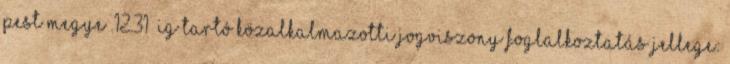
Pest megye .12.31 –ig tartó közalkalmazotti jogviszony Foglalkoztatás jellege: